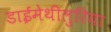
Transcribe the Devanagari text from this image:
डाईमेथीलुरिया